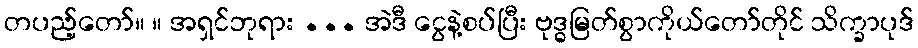
တပည့်တော်။ ။ အရှင်ဘုရား ... အဲဒီ ငွေနဲ့စပ်ပြီး ဗုဒ္ဓမြတ်စွာကိုယ်တော်တိုင် သိက္ခာပုဒ်